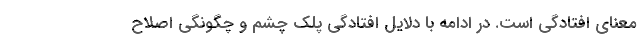
معنای افتادگی است. در ادامه با دلایل افتادگی پلک چشم و چگونگی اصلاح